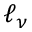
\ell _ { \nu }